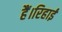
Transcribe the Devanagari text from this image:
हैं।रिहाई